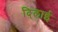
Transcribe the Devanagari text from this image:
दि्लाई